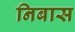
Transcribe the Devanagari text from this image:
निबास